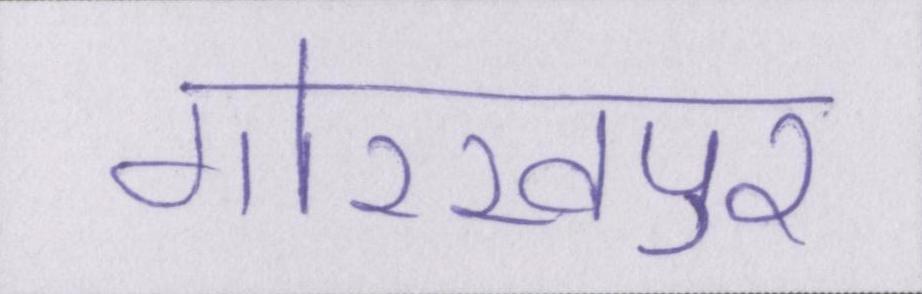
गोरखपुर